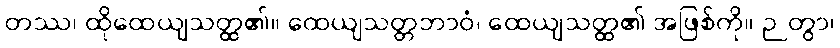
တဿ၊ ထိုထေယျသတ္ထ၏။ ထေယျသတ္တဘာဝံ၊ ထေယျသတ္ထ၏ အဖြစ်ကို။ ဉတွာ၊